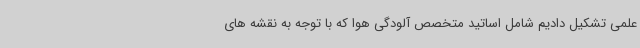
علمی تشکیل دادیم شامل اساتید متخصص آلودگی هوا که با توجه به نقشه های